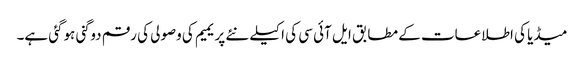
میڈیا کی اطلاعات کے مطابق ایل آئی سی کی اکیلے نئے پریمیم کی وصولی کی رقم دوگنی ہوگئی ہے۔